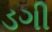
ડગી